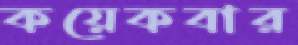
কয়েকবার